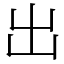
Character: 出